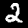
Label: 2